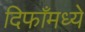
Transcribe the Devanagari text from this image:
दिफाँमध्ये